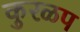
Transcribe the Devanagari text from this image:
कुरळप